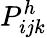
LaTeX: P_{ijk}^{h}